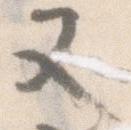
又